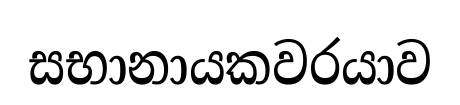
සභානායකවරයාව